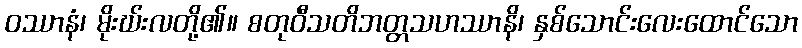
ဝဿာနံ၊ မိုးဃ်းလတို့၏။ စတုဝီသတိဘတ္တသဟဿာနိ၊ နှစ်သောင်းလေးထောင်သော